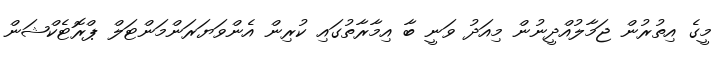
މީގެ އިތުރުން ޖަމާލުއްދީނުން މިއަދު ވަނީ ބާ އިމާރާތުގައި ކުރިން އެންވަޔަރަންމަންޓަލް ޕްރޮޓެކްޝަން